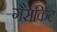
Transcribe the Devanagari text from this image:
गैसकिट